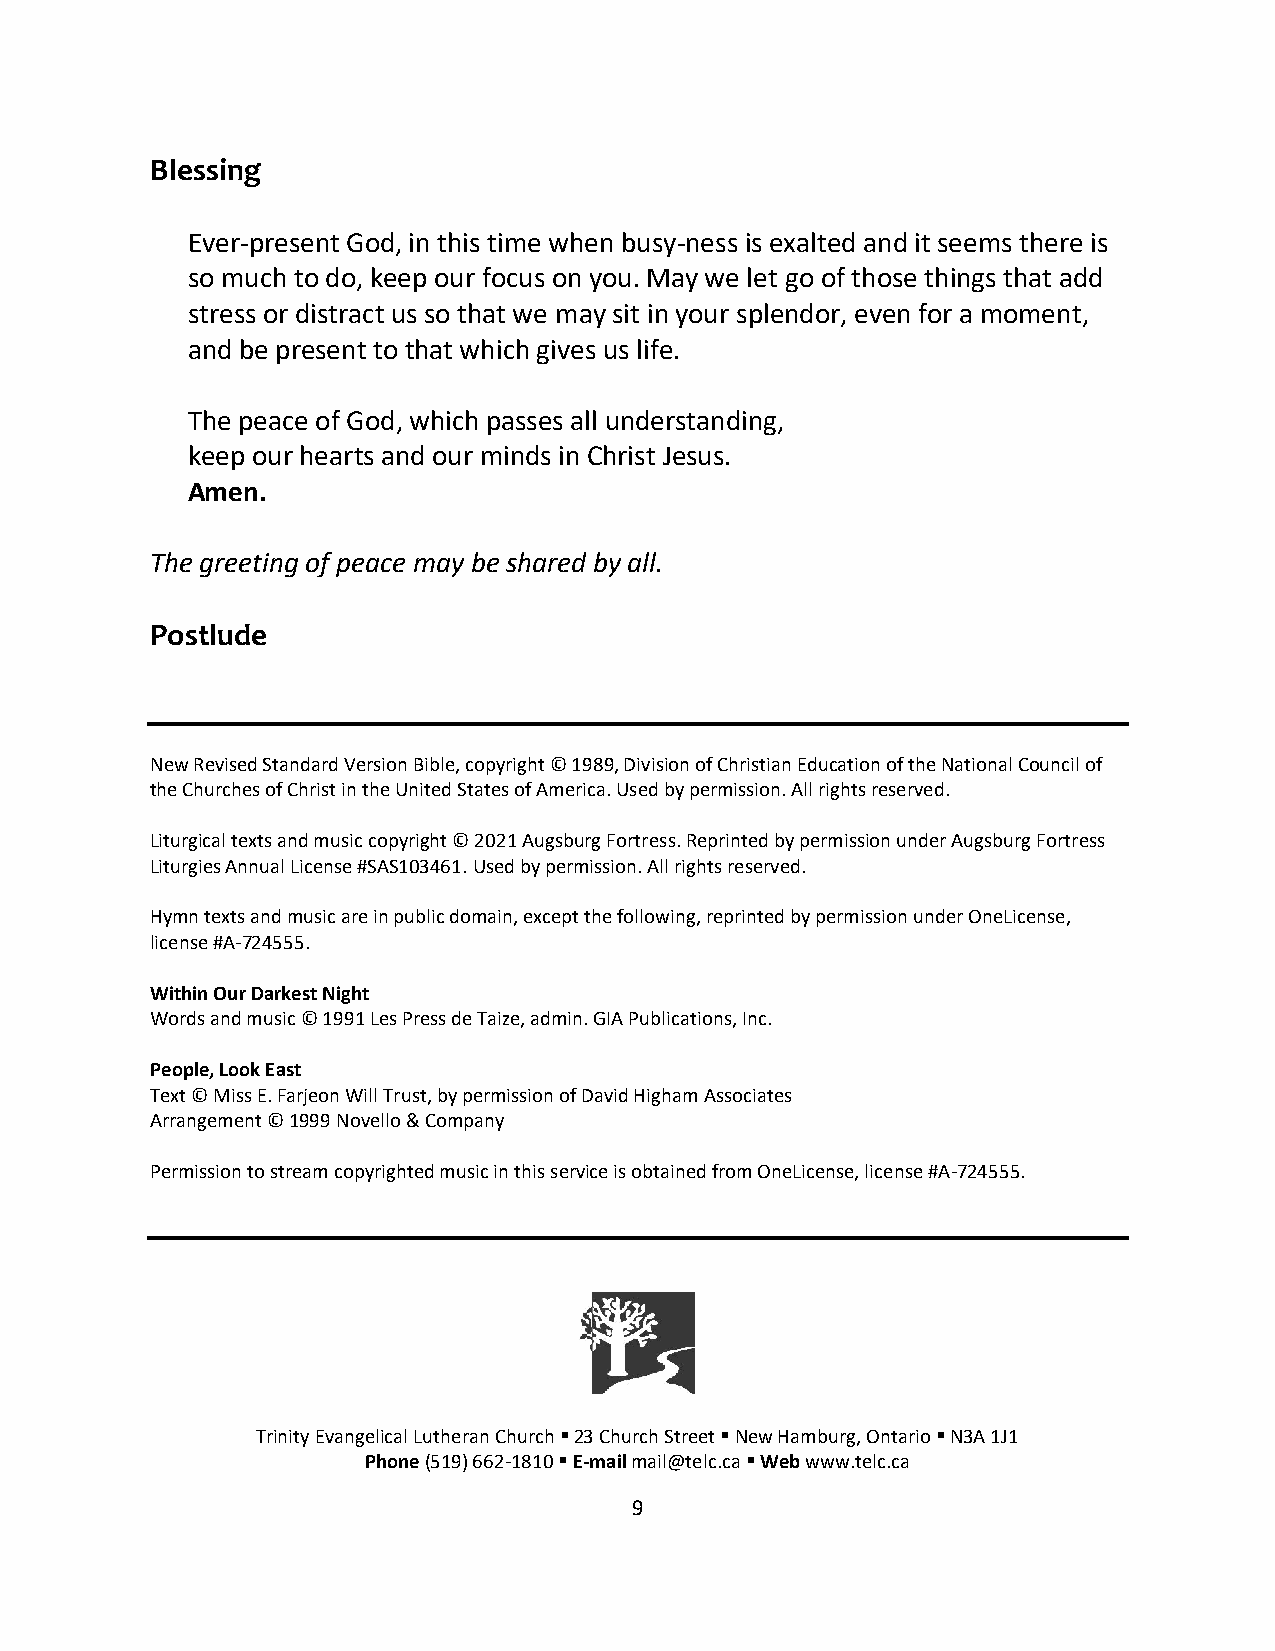
Blessing
 Ever-present God, in this time when busy-ness is exalted and it seems there is
 so much to do, keep our focus on you. May we let go of those things that add
 stress or distract us so that we may sit in your splendor, even for a moment,
 and be present to that which gives us life.
 The peace of God, which passes all understanding,
 keep our hearts and our minds in Christ Jesus.
 Amen.
 The greeting of peace may be shared by all.
 Postlude
 New Revised Standard Version Bible, copyright © 1989, Division of Christian Education of the National Council of
 the Churches of Christ in the United States of America. Used by permission. All rights reserved.
 Liturgical texts and music copyright © 2021 Augsburg Fortress. Reprinted by permission under Augsburg Fortress
 Liturgies Annual License #SAS103461. Used by permission. All rights reserved.
 Hymn texts and music are in public domain, except the following, reprinted by permission under OneLicense,
 license #A-724555.
 Within Our Darkest Night
 Words and music © 1991 Les Press de Taize, admin. GIA Publications, Inc.
 People, Look East
 Text © Miss E. Farjeon Will Trust, by permission of David Higham Associates
 Arrangement © 1999 Novello & Company
 Permission to stream copyrighted music in this service is obtained from OneLicense, license #A-724555.
 Trinity Evangelical Lutheran Church ▪ 23 Church Street ▪ New Hamburg, Ontario ▪ N3A 1J1
 Phone (519) 662-1810 ▪ E-mail mail@telc.ca ▪ Web www.telc.ca
 9